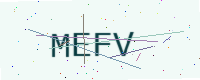
Text: MEFV